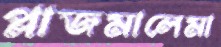
প্লাজমালেমা